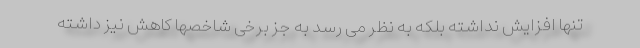
تنها افزایش نداشته بلکه به نظر می رسد به جز برخی شاخصها کاهش نیز داشته